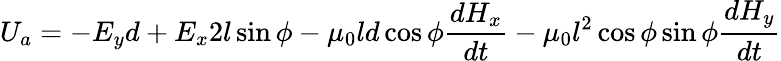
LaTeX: U_{a}=-E_{y}d+E_{x}2l\sin{\phi}-\mu_{0}ld\cos{\phi}\frac{dH_{x}}{dt}-\mu_{0}l^{2}\cos{\phi}\sin{\phi}\frac{dH_{y}}{dt}